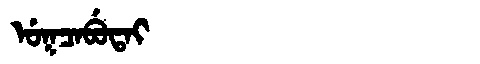
Manchu: ᡠᡴᠴᠠᠪᡠᡨᠠᡳ
Romanization: UKCABUTAI